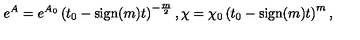
e ^ { A } = e ^ { A _ { 0 } } \left( t _ { 0 } - \mathrm { s i g n } ( m ) t \right) ^ { - \frac { m } { 2 } } , \chi = \chi _ { 0 } \left( t _ { 0 } - \mathrm { s i g n } ( m ) t \right) ^ { m } ,